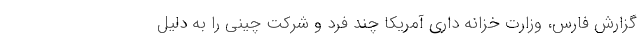
گزارش فارس، وزارت خزانه داری آمریکا چند فرد و شرکت چینی را به دلیل